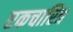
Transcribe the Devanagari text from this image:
एकचारित्र